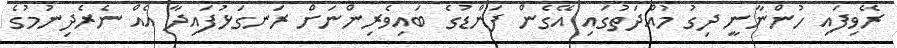
ރޭވިފައި ހުންނާނީ ދިގު މުއްދަތުގައި އޭގެން ފަންޑުގެ ބައިވެރިންނަށް ރަނގަޅުފައިދާ އެއް ނެރެދިނުމުގެ